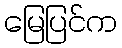
မြေပြင်က